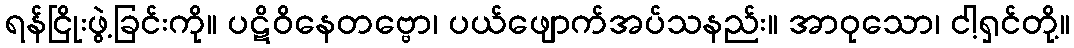
ရန်ငြိုးဖွဲ့ခြင်းကို။ ပဋိဝိနေတဗ္ဗော၊ ပယ်ဖျောက်အပ်သနည်း။ အာဝုသော၊ ငါ့ရှင်တို့။